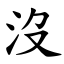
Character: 沒